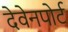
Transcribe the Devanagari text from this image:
देवेनपोर्ट